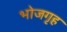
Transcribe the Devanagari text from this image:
भोजगृह